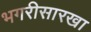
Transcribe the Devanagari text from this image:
भगरीसारखा